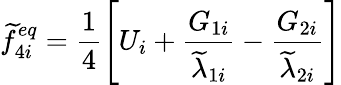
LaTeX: \widetilde{f}_{4i}^{eq}=\frac{1}{4}\left[U_{i}+\frac{G_{1i}}{\widetilde{\lambda}_{1i}}-\frac{G_{2i}}{\widetilde{\lambda}_{2i}}\right]